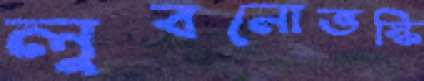
লুবনোভস্কি